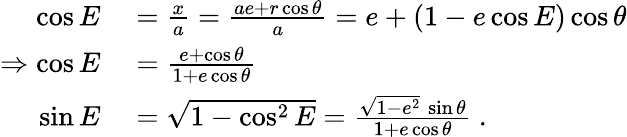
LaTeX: \begin{array}{rl}{\cos E}&{{}={\frac{x}{a}}={\frac{ae+r\cos\theta}{a}}=e+(1-e\cos E)\cos\theta}\\ {\Rightarrow\cos E}&{{}={\frac{e+\cos\theta}{1+e\cos\theta}}}\\ {\sin E}&{{}={\sqrt{1-\cos^{2}E}}={\frac{{\sqrt{1-e^{2}}}\, \sin\theta}{1+e\cos\theta}}\ .}\end{array}